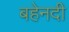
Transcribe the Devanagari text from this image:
बहेनदी